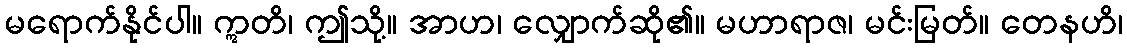
မရောက်နိုင်ပါ။ ဣတိ၊ ဤသို့။ အာဟ၊ လျှောက်ဆို၏။ မဟာရာဇ၊ မင်းမြတ်။ တေနဟိ၊